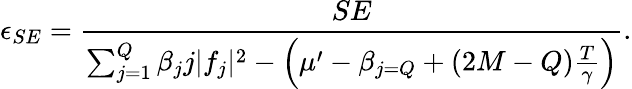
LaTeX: \epsilon_{SE}=\frac{SE}{\sum_{j=1}^{Q}\beta_{j}j\lvert f_{j}\rvert^{2}-\Big(\mu^{\prime}-\beta_{j=Q}+(2M-Q)\frac{T}{\gamma}\Big)}.